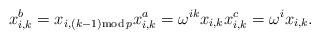
LaTeX: \begin{align*}x_{i,k}^b &= x_{i,(k-1) \mathrm{mod } \, p} x_{i,k}^a = \omega^{ik} x_{i,k} x_{i,k}^c = \omega^{i} x_{i,k} .\end{align*}